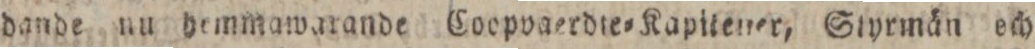
dande nu demmawarande Coopvgerdie=Kapitener, Styrmän och